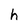
Character: h